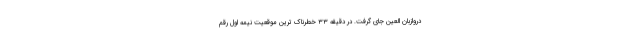
دروازبان العین جای گرفت. در دقیقه ۳۳ خطرناک ترین موقعیت نیمه اول رقم